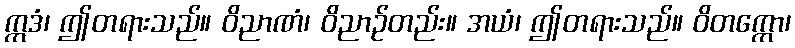
ဣဒံ၊ ဤတရားသည်။ ဝိညာဏံ၊ ဝိညာဉ်တည်း။ အယံ၊ ဤတရားသည်။ ဝိတက္ကော၊